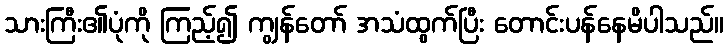
သားကြီး၏ပုံကို ကြည့်၍ ကျွန်တော် အသံထွက်ပြီး တောင်းပန်နေမိပါသည်။